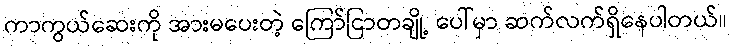
ကာကွယ်ဆေးကို အားမပေးတဲ့ ကြော်ငြာတချို့ ပေါ်မှာ ဆက်လက်ရှိနေပါတယ်။